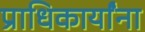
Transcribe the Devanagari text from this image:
प्राधिकार्यांना